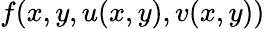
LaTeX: f(x,y,u(x,y),v(x,y))